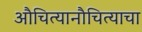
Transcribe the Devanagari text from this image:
औचित्यानौचित्याचा